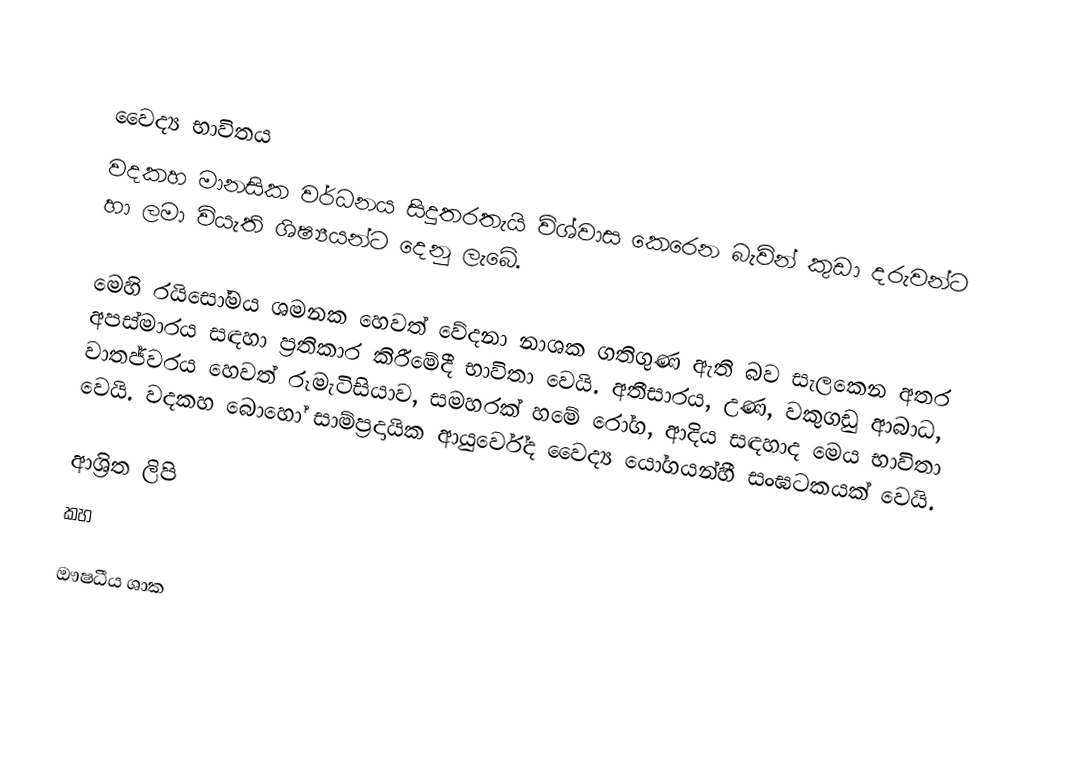

වෛද්‍ය භාවිතය
වදකහ මානසික වර්ධනය සිදුතරතැයි විශ්වාස කෙරෙන බැවින් කුඩා දරුවන්ට හා ලමා වියැති ශිෂ්‍යයන්ට දෙනු ලැබේ.

මෙහි රයිසෝමය ශමනක හෙවත් වේදනා නාශක ගතිගුණ ඇති බව සැලකෙන අතර අපස්මාරය සඳහා ප්‍රතිකාර කිරීමේදී භාවිතා වෙයි. අතීසාරය, උණ, වකුගඩු ආබාධ, වාතජ්වරය හෙවත් රූමැටිසියාව, සමහරක් හමේ රෝග, ආදිය සඳහාද මෙය භාවිතා වෙයි. වදකහ බොහෝ සාම්ප්‍රදායික ආයුර්වේද වෛද්‍ය යෝගයන්හී සංඝටකයක් වෙයි.

ආශ්‍රිත ලිපි
 කහ

ඖෂධීය ශාක